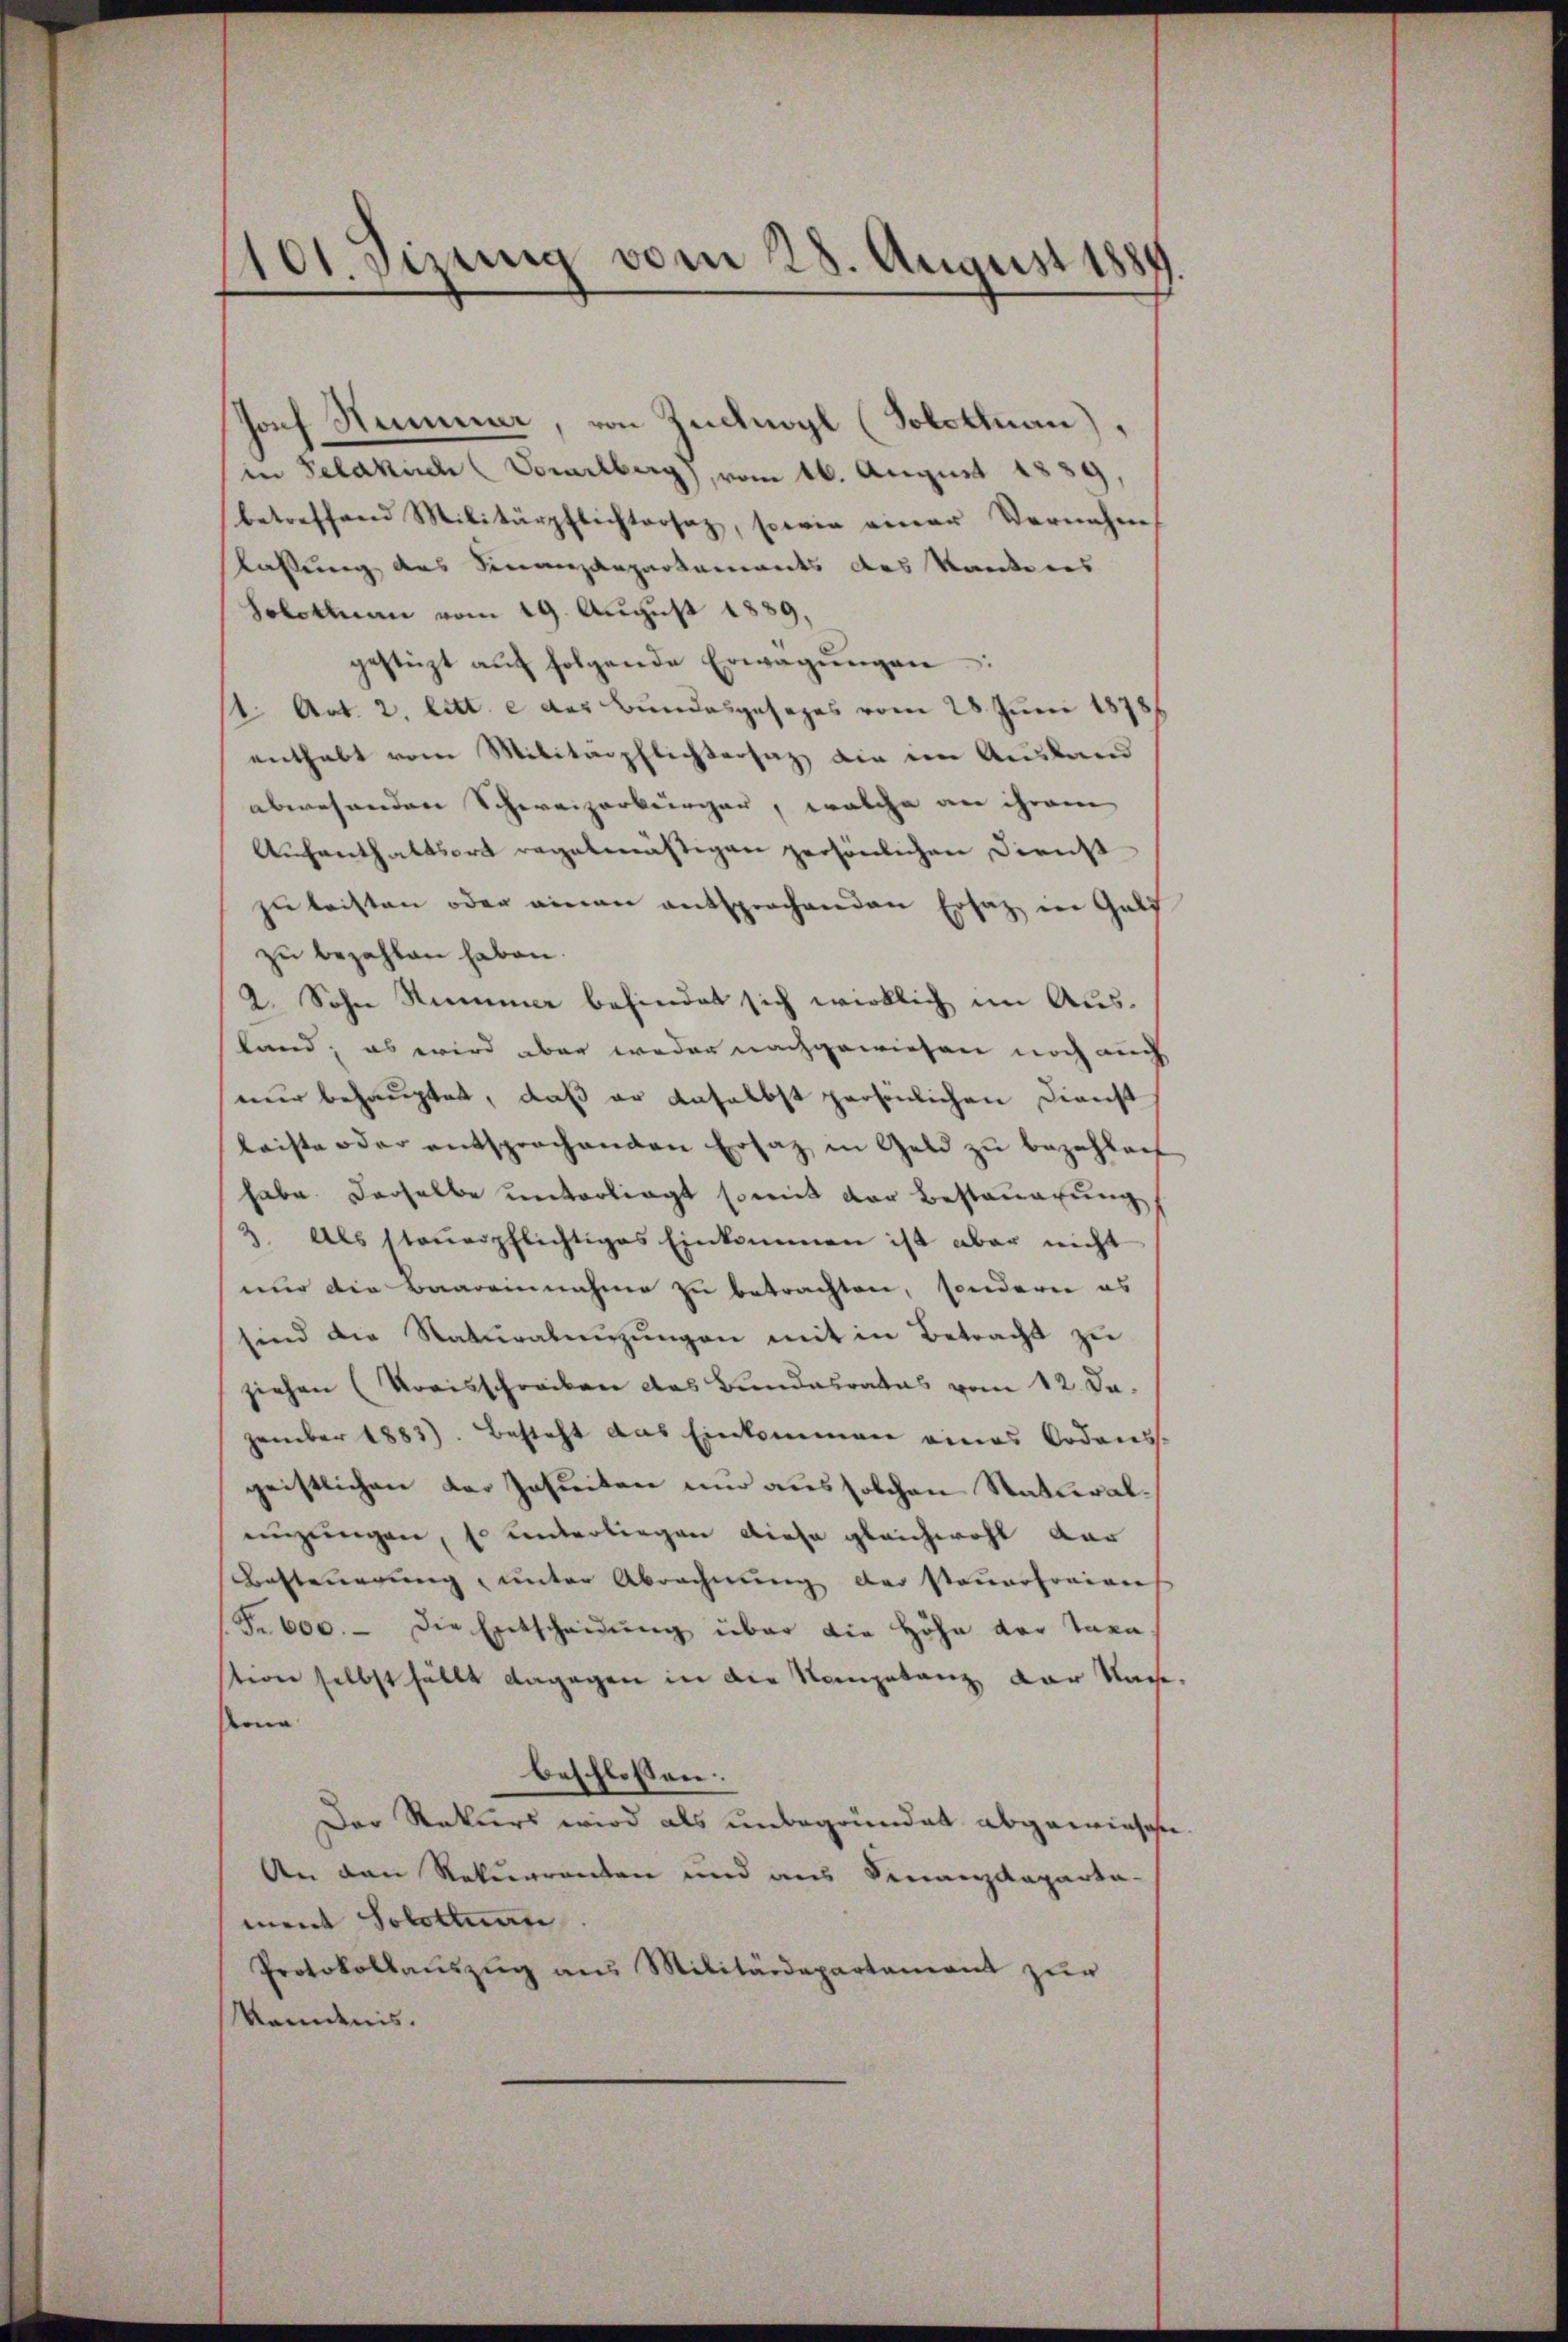
101. Sizung vom 28. August 188

horf Stummer, von Zudnogl (Solottuan),
in Feldkirch Vorarlberg), vom 16. August 1839,
betreffend Militärpflichtersaz, sowie einer Vernehm
lassung des Finanzangartements des Kantons
Solothurn vom 19. August 1889,
gestüzt aŭf folgende Erwägŭngen:
1 Art. 2. litt. e des Bundesgesezes vom 28 Juni 1871
enthalt vom Militärpflichtersatz die ein Ausland
abwesenden Schweizerbürger, welche an ihrem
Aufenthaltsort regelmäßigen persönlichen Dienst
zu leisten oder einen entsprochenden Ersatz in Guld
zu bezahlen haben.
2. Sohn Summer befindet sich wirklich im Ausland; es wird aber weder nachgewiesen noch auch
nur behauptet, daß er daselbst persönlichen Dienst
leiste oder entsprochenden Ersatz in Geld zu bezahlach
habe derselbe unterliegt somit der Besteuerung
3. Als steuerpflichtiges Einkommen ist aber nicht
nur die Baareinnahme zu betrachten, sondern es
sind die Naturalengungen mit in Betracht zu
ziehen (Kreisschrecken das Bundesrates vom 12. Da
zember 1883). Besteht das Einkommen eines Ordnis.
geistlichen der Inheiten nur aus solchen Statteraleuzungen, so unterliegen diese gleichwohl dar
Besteuerung, unter Abrechnung der Steuerfreiens
Fr. 600. - Die Entscheidung über die Höhe der Taxa-
tion selbst fällt dagegen in die Kompetanz der Nach
en
beschlossen:
Der Rekurs wird als unbegründet abgewieses
An den Rekurrenten und aus Finanzdeparta
ment Solothurn
Protokollauszug aus Militärdepartament zur
Kenntnis.